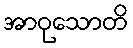
အာဝုသောတိ